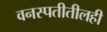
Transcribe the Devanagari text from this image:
वनस्पतीतीलही